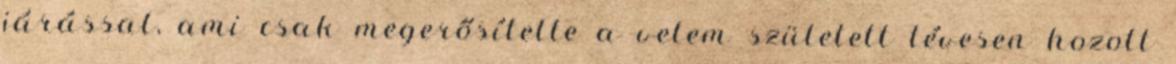
járással, ami csak megerősítette a velem született tévesen hozott